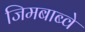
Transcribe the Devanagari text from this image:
जिमबाब्वे